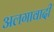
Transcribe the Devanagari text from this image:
अलगावादी